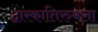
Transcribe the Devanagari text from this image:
द्वारकातिरुमला